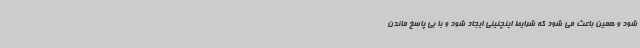
شود و همین باعث می شود که شرایط اینچنینی ایجاد شود و با بی پاسخ ماندن